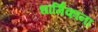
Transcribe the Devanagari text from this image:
धार्मिकांना